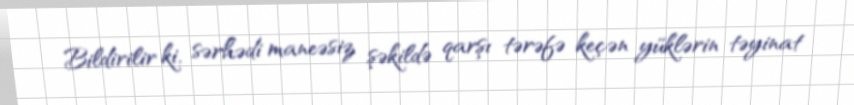
Bildirilir ki, sərhədi maneəsiz şəkildə qarşı tərəfə keçən yüklərin təyinat